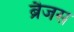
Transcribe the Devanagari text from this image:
ब्रैजस